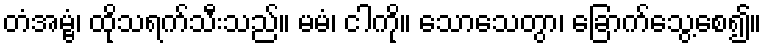
တံအမ္ဗံ၊ ထိုသရက်သီးသည်။ မမံ၊ ငါကို။ သောသေတွာ၊ ခြောက်သွေ့စေ၍။